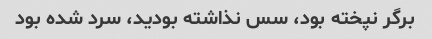
برگر نپخته بود، سس نذاشته بودید، سرد شده بود